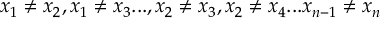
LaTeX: x _ { 1 } \neq x _ { 2 } , x _ { 1 } \neq x _ { 3 } . . . , x _ { 2 } \neq x _ { 3 } , x _ { 2 } \neq x _ { 4 } . . . x _ { n - 1 } \neq x _ { n }